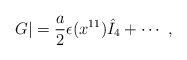
\begin{align*}G |= {a \over 2} \epsilon (x^{11}) {\hat I}_4 + \cdots \ , \end{align*}